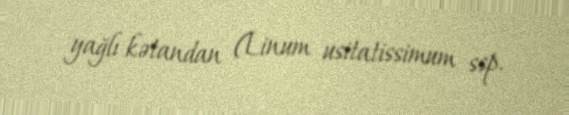
yağlı kətandan (Linum usitatissimum ssp.